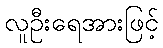
လူဦးရေအားဖြင့်